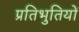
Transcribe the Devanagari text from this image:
प्रतिभुतियों